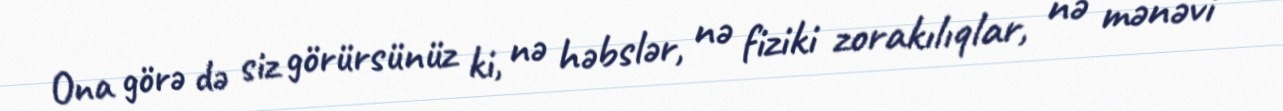
Ona görə də siz görürsünüz ki, nə həbslər, nə fiziki zorakılıqlar, nə mənəvi